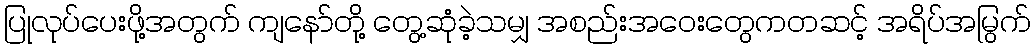
ပြုလုပ်ပေးဖို့အတွက် ကျနော်တို့ တွေ့ဆုံခဲ့သမျှ အစည်းအဝေးတွေကတဆင့် အရိပ်အမြွက်